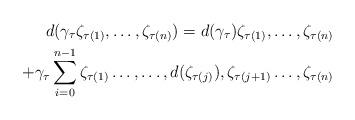
LaTeX: \begin{align*} d(\gamma_{\tau}\zeta_{\tau(1)},\ldots,\zeta_{\tau(n)} )= d(\gamma_{\tau})\zeta_{\tau(1)},\ldots,\zeta_{\tau(n)} \\ +\gamma_{\tau}\sum\limits_{i=0}^{n-1}\zeta_{\tau(1)}\ldots ,\ldots,d(\zeta_{\tau(j)}),\zeta_{\tau(j+1)}\ldots,\zeta_{\tau(n)}\end{align*}